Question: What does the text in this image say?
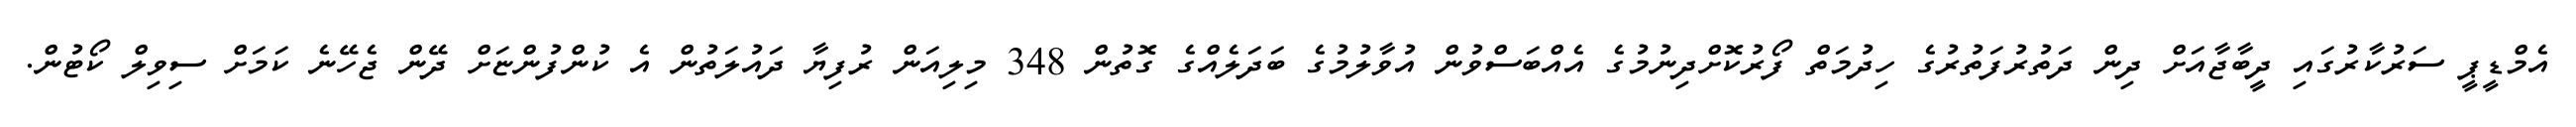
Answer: އެމްޑީޕީ ސަރުކާރުގައި ދީބާޖާއަށް ދިން ދަތުރުފަތުރުގެ ހިދުމަތް ފޯރުކޮށްދިނުމުގެ އެއްބަސްވުން އުވާލުމުގެ ބަދަލެއްގެ ގޮތުން 348 މިލިއަން ރުފިޔާ ދައުލަތުން އެ ކުންފުންޏަށް ދޭން ޖެހޭނެ ކަމަށް ސިވިލް ކޯޓުން.